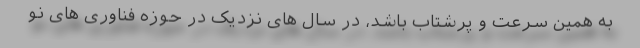
به همین سرعت و پرشتاب باشد، در سال های نزدیک در حوزه فناوری های نو